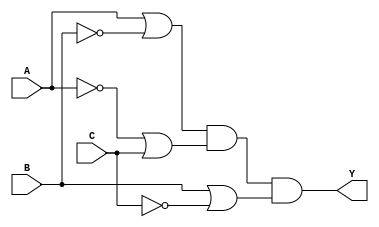
module pos_simplification (
    input wire A,      // Input A
    input wire B,      // Input B
    input wire C,      // Input C
    output wire Y      // Output Y
);

// Intermediate signals for inverted inputs
wire B_not = ~B;    // NOT B
wire A_not = ~A;    // NOT A
wire C_not = ~C;    // NOT C

// Sum terms
wire sum_term1 = A | B_not; // A + B'
wire sum_term2 = A_not | C;  // A' + C
wire sum_term3 = B | C_not;  // B + C'

// Output Y is the product of the sum terms
assign Y = sum_term1 & sum_term2 & sum_term3; // Y = (A + B')(A' + C)(B + C')

endmodule